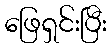
ဖြေရှင်းပြီး